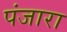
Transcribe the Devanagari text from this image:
पंजारा